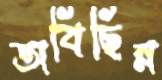
অবিছিন্ন